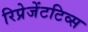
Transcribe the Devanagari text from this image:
रिप्रेजेंटटिव्स